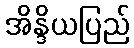
အိန္ဒိယပြည်